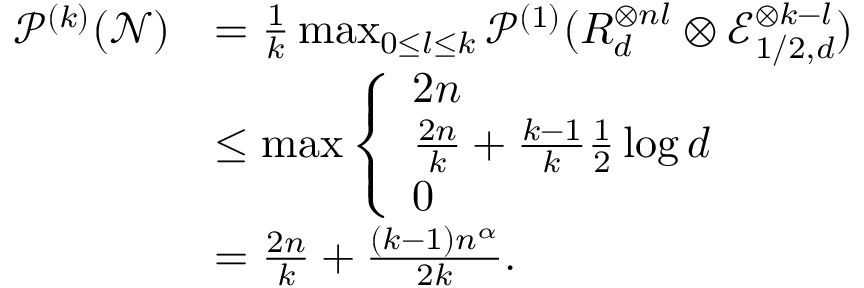
\begin{array} { r l } { \mathcal { P } ^ { ( k ) } ( \mathcal { N } ) } & { = \frac { 1 } { k } \operatorname* { m a x } _ { 0 \leq l \leq k } \mathcal { P } ^ { ( 1 ) } ( R _ { d } ^ { \otimes n l } \otimes \mathcal { E } _ { 1 / 2 , d } ^ { \otimes k - l } ) } \\ & { \leq \operatorname* { m a x } \left\{ \begin{array} { l l } { 2 n } \\ { \frac { 2 n } { k } + \frac { k - 1 } { k } \frac { 1 } { 2 } \log d } \\ { 0 } \end{array} \right. } \\ & { = \frac { 2 n } { k } + \frac { ( k - 1 ) n ^ { \alpha } } { 2 k } . } \end{array}